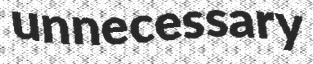
unnecessary